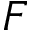
F